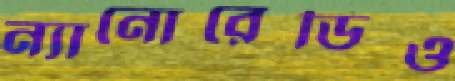
ন্যানোরেডিও